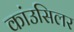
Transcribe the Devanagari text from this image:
कांउसिलर